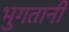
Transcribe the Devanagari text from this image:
भुगतानी